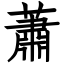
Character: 蕭